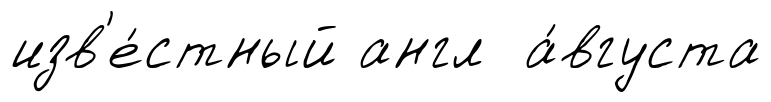
изв'е́стный англ а́вгуста